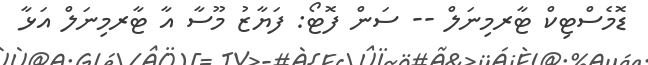
ޑޮމެސްޓިކް ޓާރމިނަލް -- ސަން ފޮޓޯ: ފަޔާޒު މޫސާ އާ ޓާރމިނަލް އަޅާ